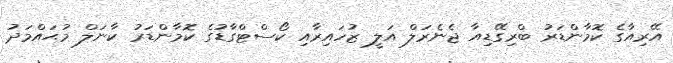
އޭރިއާގެ ކޮމާންޑަރު ބްރިގޭޑިއާ ޖެނެރަލް އަލީ ޒުހައިރާއި ކޯސްޓްގާޑުގެ ކޮމާންޑަރު ކާނަލް މުޙައްމަދު